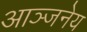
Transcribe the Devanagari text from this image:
आञ्जनेय